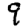
Digit: 9